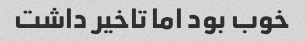
خوب بود اما تاخیر داشت